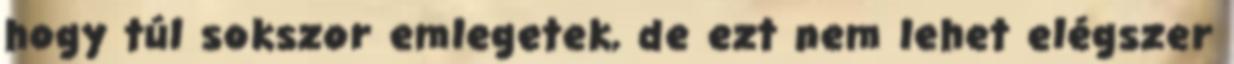
hogy túl sokszor emlegetek, de ezt nem lehet elégszer